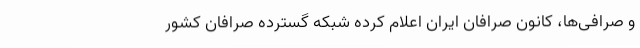
و صرافی‌ها، کانون صرافان ایران اعلام کرده شبکه گسترده صرافان کشور